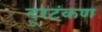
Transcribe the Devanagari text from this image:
दूरटंकण